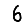
Digit: 6